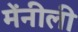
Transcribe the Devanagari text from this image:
मेंनीली